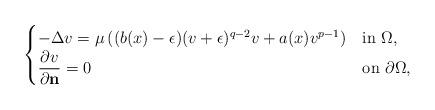
LaTeX: \begin{align*} \begin{cases}-\Delta v = \mu \left((b(x)-\epsilon) (v+\epsilon)^{q-2}v + a(x) v^{p-1} \right) & \mbox{in $\Omega$}, \\\dfrac{\partial v}{\partial \mathbf{n}} = 0 & \mbox{on $\partial \Omega$},\end{cases}\end{align*}